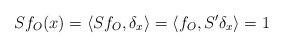
LaTeX: \begin{align*}Sf_O(x) = \langle Sf_O,\delta_x\rangle = \langle f_O,S'\delta_x\rangle = 1\end{align*}